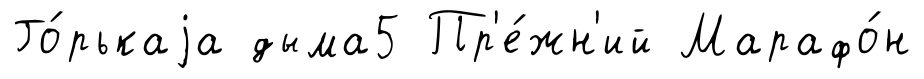
Го́рькаjа дыма5 Пр'е́жн'ий Марафо́н